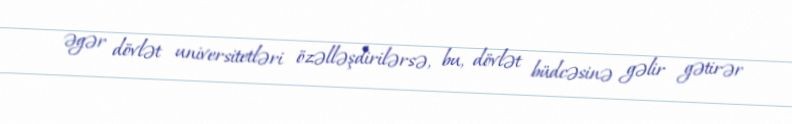
əgər dövlət universitetləri özəlləşdirilərsə, bu, dövlət büdcəsinə gəlir gətirər